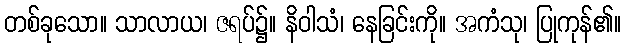
တစ်ခုသော။ သာလာယ၊ ဇရပ်၌။ နိဝါသံ၊ နေခြင်းကို။ အကံသု၊ ပြုကုန်၏။